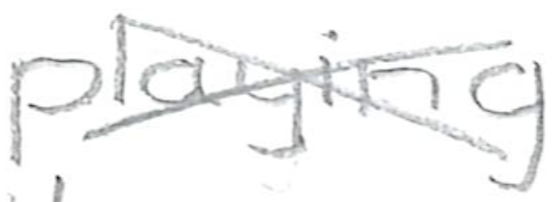
Text: playing
Cross-out: cross
Writing tool: pencil